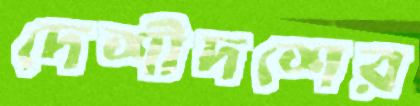
দেশীদশের